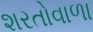
શરતોવાળા